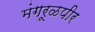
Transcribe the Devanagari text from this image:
मंगरूळपीर